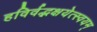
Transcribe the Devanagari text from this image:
हविर्वद्भक्षयेत्स्वयम्